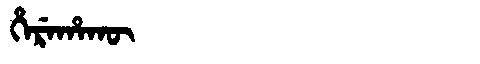
Manchu: ᡥᡝᡵᡝᡥᠠᡴᡡ
Romanization: HEREHAKŪ